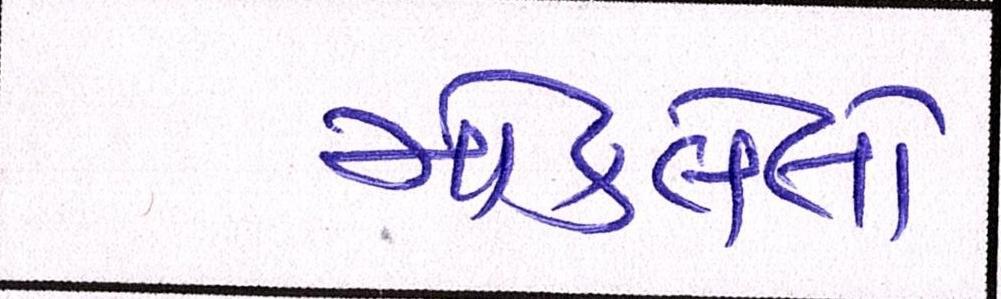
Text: મોકલેલો